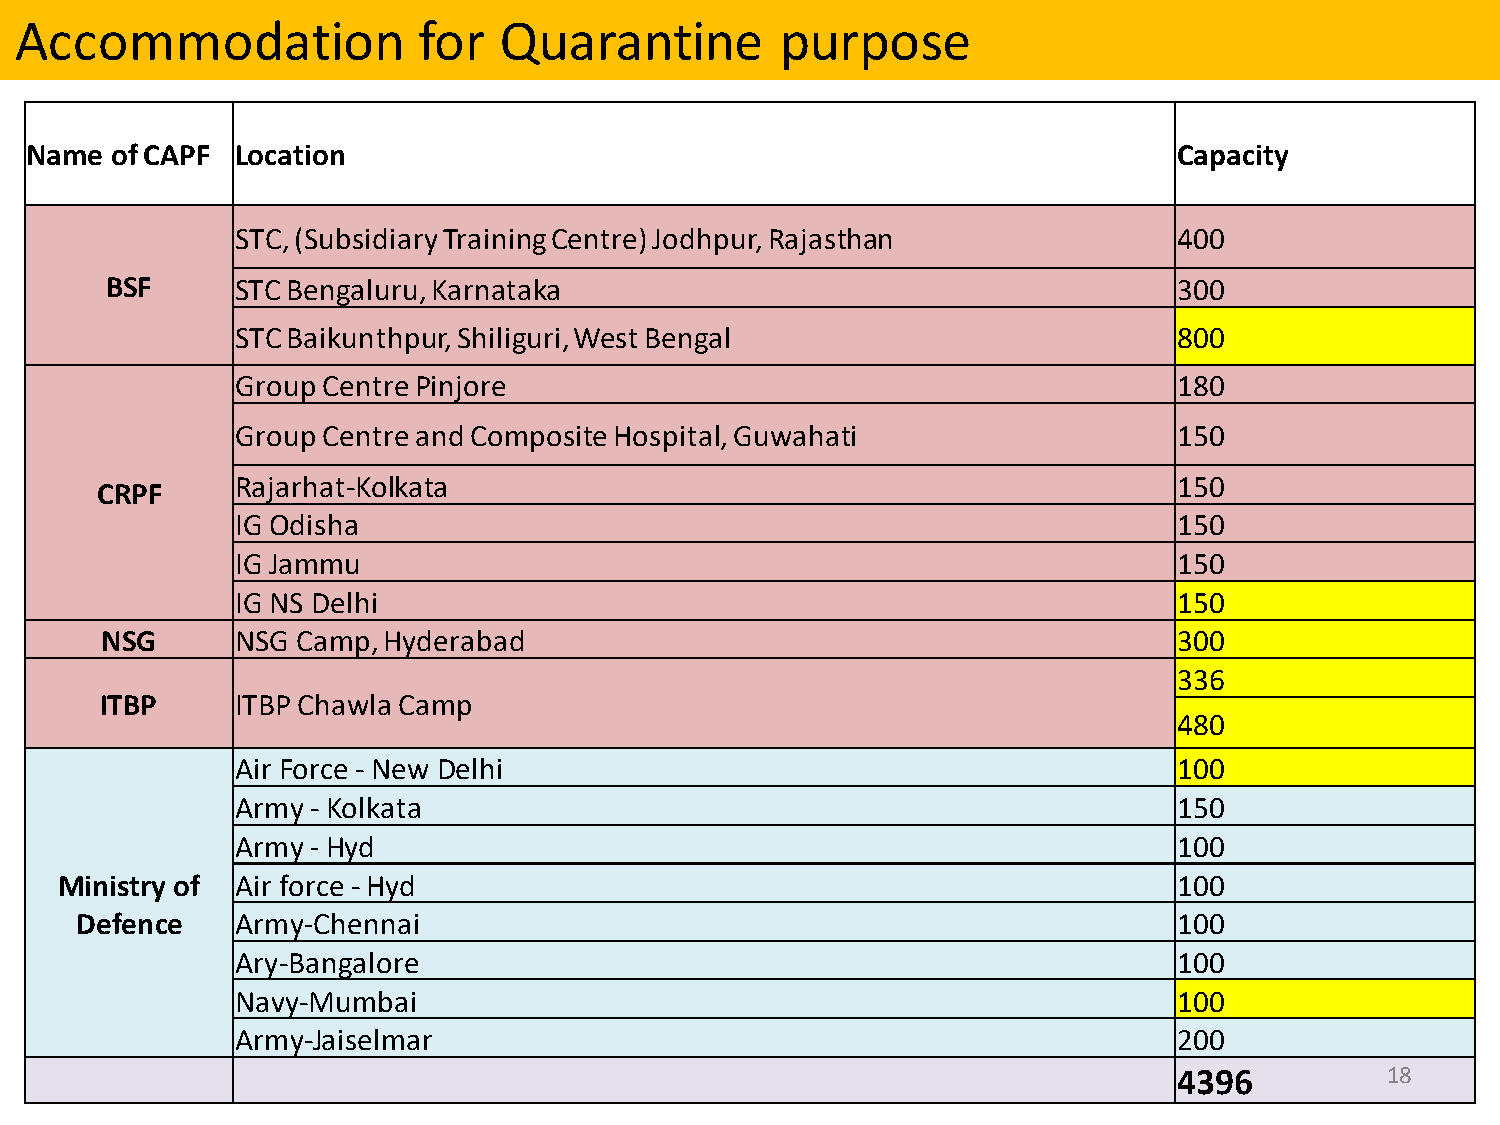
Accommodation              for  Quarantine         purpose
 Name of CAPF  Location                                                      Capacity
 STC,(SubsidiaryTrainingCentre)Jodhpur,Rajasthan               400
 BSF      STC Bengaluru, Karnataka                                      300
 STC Baikunthpur, Shiliguri, West Bengal                       800
 Group Centre Pinjore                                          180
 Group Centre and Composite Hospital, Guwahati                 150
 Rajarhat-Kolkata                                              150
 CRPF
 IG Odisha                                                     150
 IG Jammu                                                      150
 IG NS Delhi                                                   150
 NSG      NSG Camp,Hyderabad                                            300
 336
 ITBP     ITBP Chawla Camp
 480
 AirForce-New Delhi                                            100
 Army-Kolkata                                                  150
 Army-Hyd                                                      100
 Ministry of Airforce -Hyd                                                 100
 Defence    Army-Chennai                                                  100
 Ary-Bangalore                                                 100
 Navy-Mumbai                                                   100
 Army-Jaiselmar                                                200
 4396          18